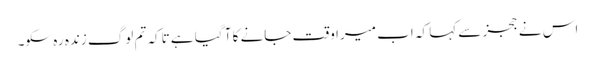
اس نے ججز سے کہا کہ اب میرا وقت جانے کا آ گیا ہے تاکہ تم لوگ زندہ رہ سکو۔